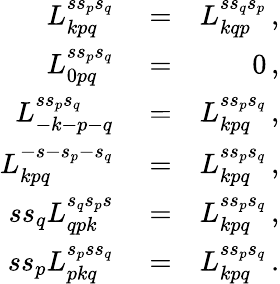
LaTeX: \begin{array}{rlr}{L_{kpq}^{ss_{p}s_{q}}}&{{}=}&{L_{kqp}^{ss_{q}s_{p}}\, ,}\\ {L_{0pq}^{ss_{p}s_{q}}}&{{}=}&{0\, ,}\\ {L_{-k-p-q}^{ss_{p}s_{q}}}&{{}=}&{L_{kpq}^{ss_{p}s_{q}}\, ,}\\ {L_{kpq}^{-s-s_{p}-s_{q}}}&{{}=}&{L_{kpq}^{ss_{p}s_{q}}\, ,}\\ {ss_{q}L_{qpk}^{s_{q}s_{p}s}}&{{}=}&{L_{kpq}^{ss_{p}s_{q}}\, ,}\\ {ss_{p}L_{pkq}^{s_{p}ss_{q}}}&{{}=}&{L_{kpq}^{ss_{p}s_{q}}\, .}\end{array}